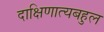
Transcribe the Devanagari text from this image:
दाक्षिणात्यबहुल